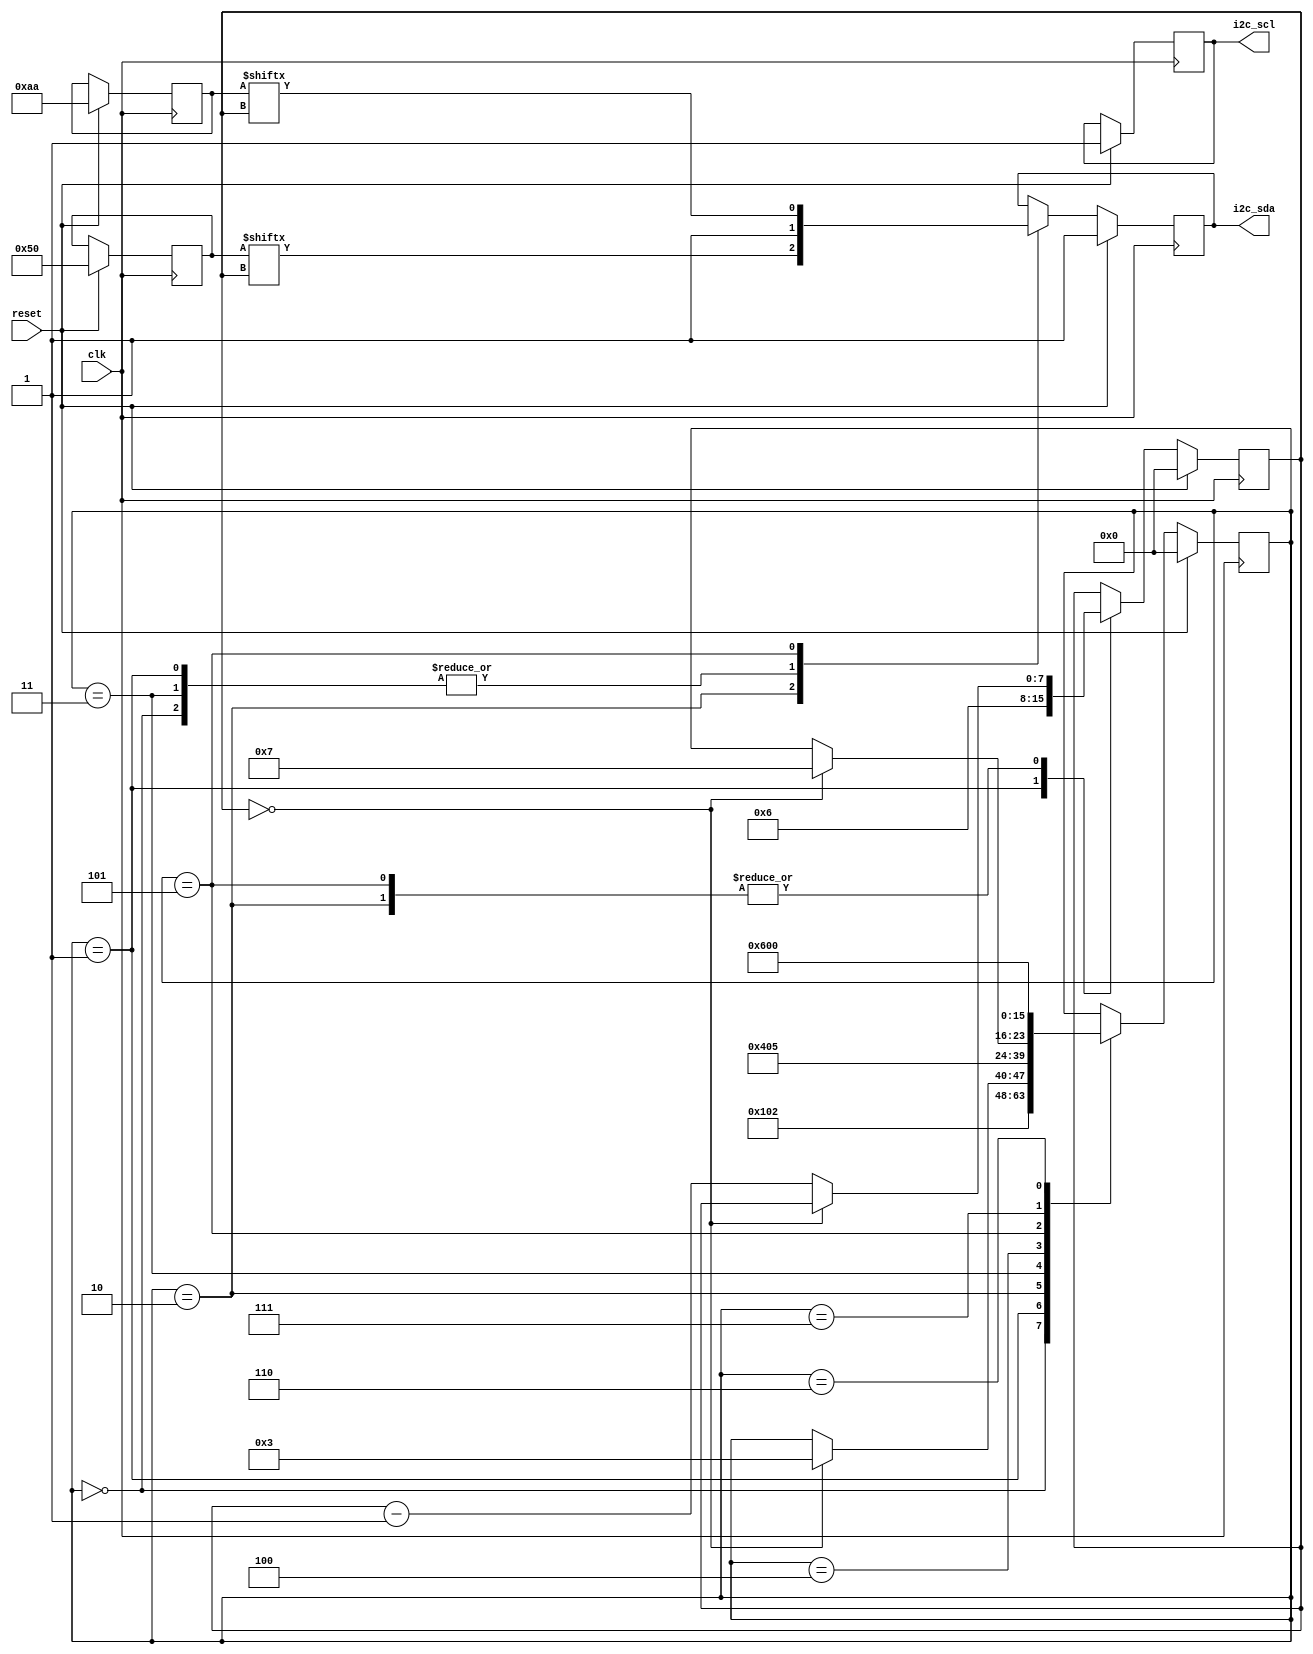
module step1(
    input wire clk,
    input wire reset,
    output reg i2c_sda,
    output reg i2c_scl
);

//goal is to write to device address 0x50,0xaa
localparam STATE_IDLE = 0; 
localparam STATE_START = 1; 
localparam STATE_ADDR = 2; 
localparam STATE_RW = 3; 
localparam STATE_WACK = 4; 
localparam STATE_DATA = 5;  // Corrected from STATE_DATE to STATE_DATA
localparam STATE_STOP = 6; 
localparam STATE_WACK2 = 7;
reg [7:0] state;
reg [6:0] addr;
reg [7:0] count;
reg [7:0] data;

always @(posedge clk) begin
    if (reset == 1) begin
        state <= 0; 
        i2c_sda <= 1; 
        i2c_scl <= 1;
        addr <= 7'h50;
        count <= 8'd0;
        data <= 8'haa;
    end
    else begin
        case (state)
            STATE_IDLE: begin // idle
                i2c_sda <= 1;
                state <= STATE_START; 
            end // end start idle   

            STATE_START: begin  // start
                i2c_sda <= 1;
                state <= STATE_ADDR; 
                count <= 6;
            end // end state start

            STATE_ADDR: begin  // msb address bit
                i2c_sda <= addr[count];
                if (count == 0) 
                    state <= STATE_RW;
                else 
                    count <= count - 1;
            end // end state addr 

            STATE_RW: begin 
                i2c_sda <= 1;
                state <= STATE_WACK;
            end // end state rw

            STATE_WACK: begin 
                state <= STATE_DATA; 
            end // end state wack 

            STATE_DATA: begin    
                i2c_sda <= data[count];
                if (count == 0) 
                    state <= STATE_WACK2;
                else 
                    count <= count - 1;
            end // end state data 

            STATE_WACK2: begin 
                state <= STATE_STOP;
            end // end state wack2

            STATE_STOP: begin 
                state <= STATE_IDLE;
            end // end state stop
        endcase
    end
end

endmodule